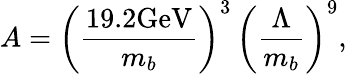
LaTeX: A=\biggl({\frac{19.2\mathrm{GeV}}{m_{b}}}\biggr)^{3}\, \biggl({\frac{\Lambda}{m_{b}}}\biggr)^{9},